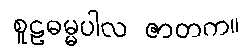
စူဠဓမ္မပါလ ဇာတက။